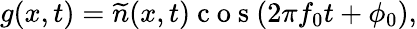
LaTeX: g(x,t)=\widetilde{n}(x,t)\mathrm{~c~o~s~}(2\pi f_{0}t+\phi_{0}),